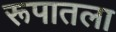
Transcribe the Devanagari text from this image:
रूपातला